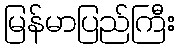
မြန်မာပြည်ကြီး